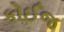
કોઈજ